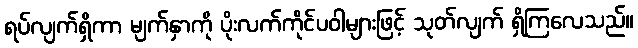
ရပ်လျက်ရှိကာ မျက်နှာကို ပိုးလက်ကိုင်ပဝါများဖြင့် သုတ်လျက် ရှိကြလေသည်။